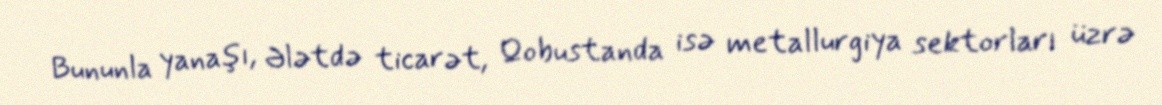
Bununla yanaşı, Ələtdə ticarət, Qobustanda isə metallurgiya sektorları üzrə